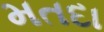
મતદા